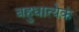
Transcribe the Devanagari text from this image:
बहुधात्येकं